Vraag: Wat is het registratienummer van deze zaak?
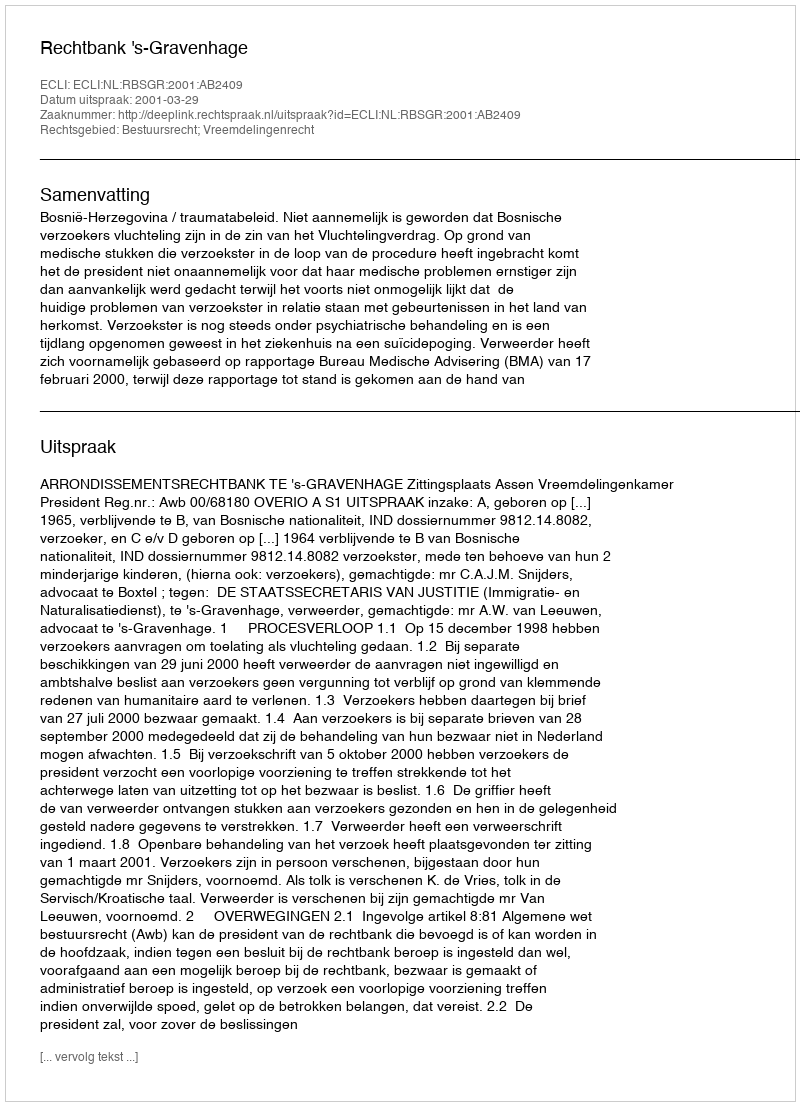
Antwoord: http://deeplink.rechtspraak.nl/uitspraak?id=ECLI:NL:RBSGR:2001:AB2409